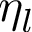
\eta _ { l }